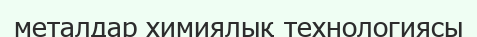
металдар химиялық технологиясы